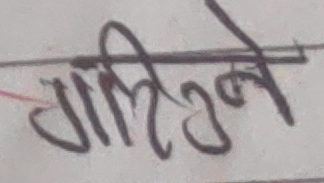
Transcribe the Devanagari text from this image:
गालीउने